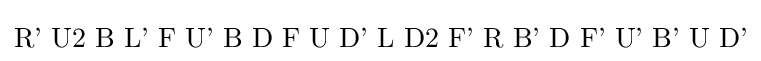
{\text{R' U2 B L' F U' B D F U D' L D2 F' R B' D F' U' B' U D'}}